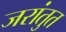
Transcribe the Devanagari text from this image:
जरांतुत